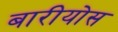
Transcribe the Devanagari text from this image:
बारीयोस